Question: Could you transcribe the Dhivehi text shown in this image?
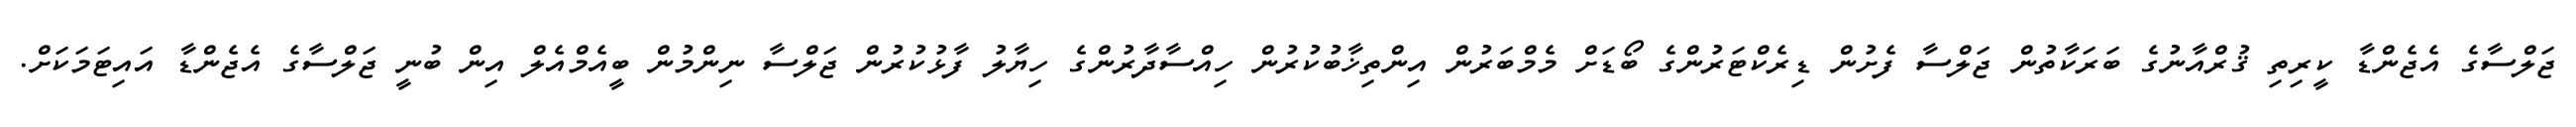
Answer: ޖަލްސާގެ އެޖެންޑާ ކީރިތި ޤުރްއާނުގެ ބަރަކާތުން ޖަލްސާ ފެށުން ޑިރެކްޓަރުންގެ ބޯޑަށް މެމްބަރުން އިންތިޚާބުކުރުން ހިއްސާދާރުންގެ ހިޔާލު ފާޅުކުރުން ޖަލްސާ ނިންމުން ބީއެމްއެލް އިން ބުނީ ޖަލްސާގެ އެޖެންޑާ އައިޓަމަކަށް.